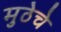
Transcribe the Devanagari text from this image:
मुठेचे